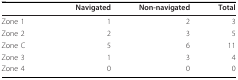
<table><thead><tr><td></td><td><b>Navigated</b></td><td><b>Non-navigated</b></td><td><b>Total</b></td></tr></thead><tbody><tr><td>Zone 1</td><td>1</td><td>2</td><td>3</td></tr><tr><td>Zone 2</td><td>2</td><td>3</td><td>5</td></tr><tr><td>Zone C</td><td>5</td><td>6</td><td>11</td></tr><tr><td>Zone 3</td><td>1</td><td>3</td><td>4</td></tr><tr><td>Zone 4</td><td>0</td><td>0</td><td>0</td></tr></tbody></table>